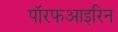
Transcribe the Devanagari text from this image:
पॉरफआइरिन